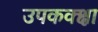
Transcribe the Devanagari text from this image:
उपकक्क्षा